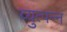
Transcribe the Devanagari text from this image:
व्‍युत्‍पन्‍न